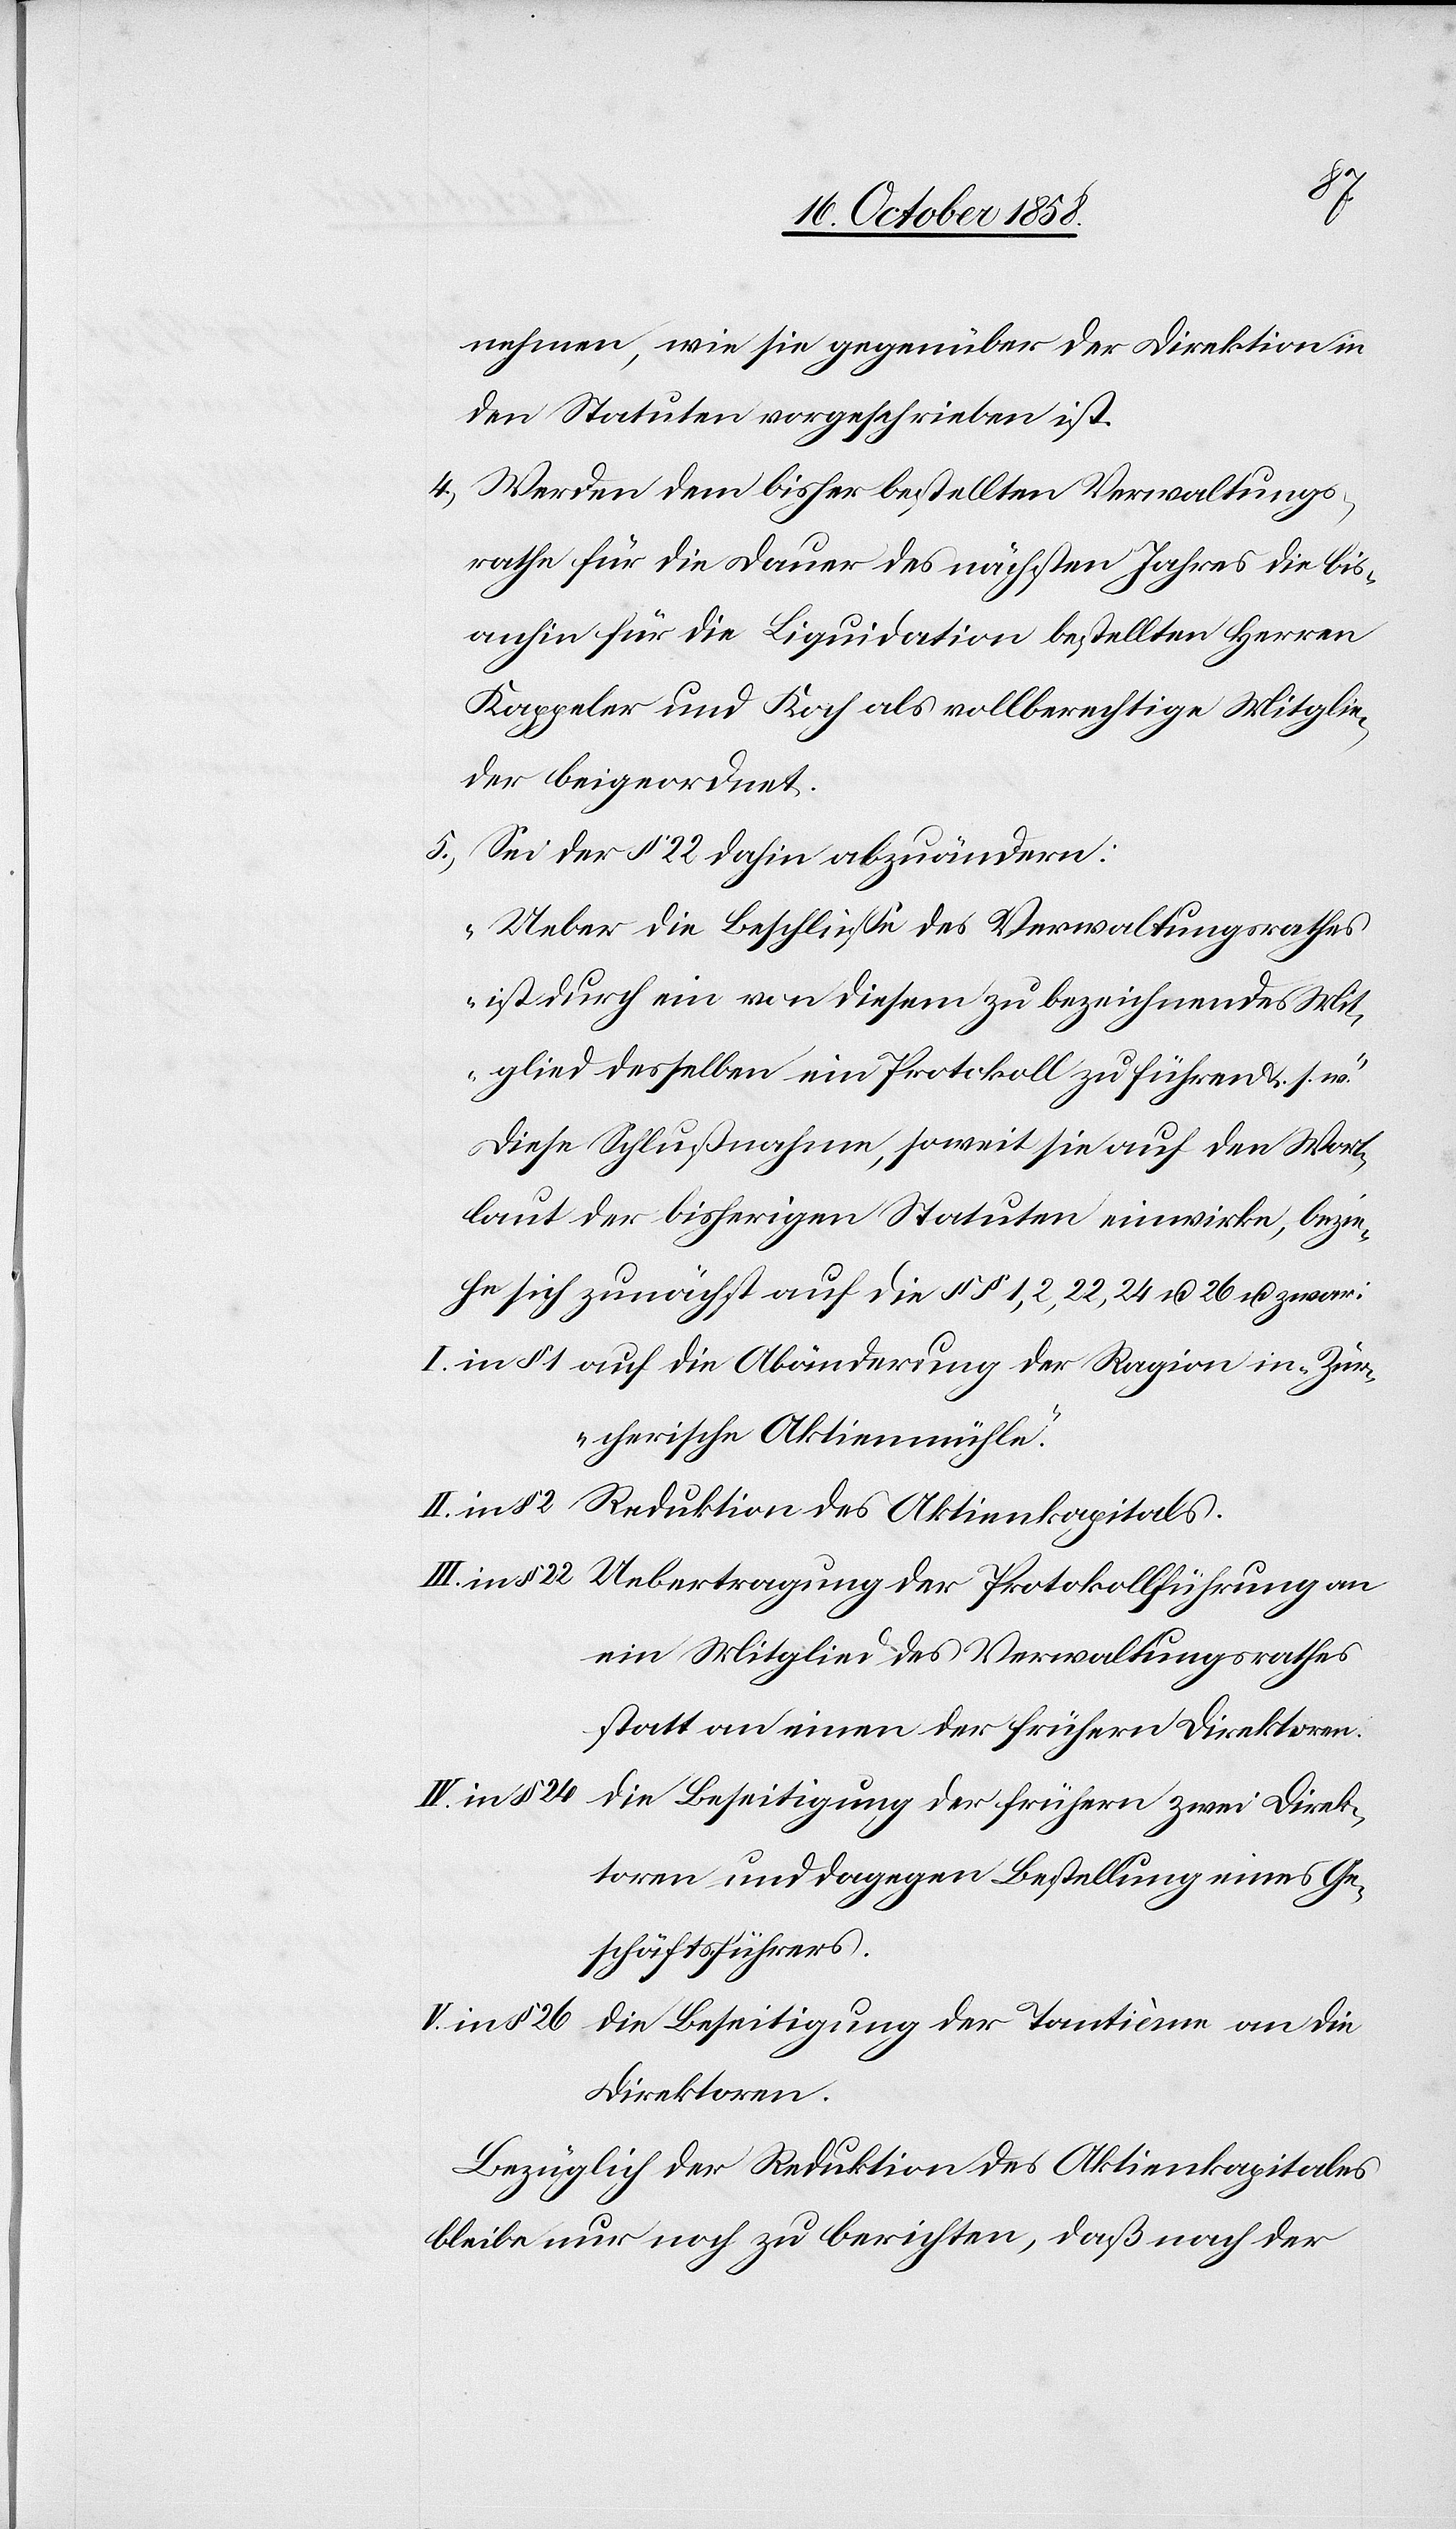
4.)
nehmen, wie sie gegenüber der Direktion in
den Statuten vorgeschrieben ist.
Werden dem bisher bestellten Verwaltungs¬
rathe für die Dauer des nächsten Jahres die bis¬
anhin für die Liquidation bestellten Herren
Kappeler und Koch als vollberechtig[t]e Mitglie¬
der beigeordnet.
Sei der § 22 dahin abzuändern:
„Ueber die Beschlüsse des Verwaltungsrathes
ist durch ein von diesem zu bezeichnendes Mit¬
glied desselben ein Protokoll zu führen &. s. w.“
Diese Schlußnahme, soweit sie auf den Wort¬
laut der bisherigen Statuten einwirke, bezie¬
he sich zunächst auf die §§ 1, 2, 22, 24 u. 26 u. zwar:
auf die Abänderung der Ragion in „Zür¬
cherische Aktienmühle“.
Reduktion des Aktienkapitals.
Uebertragung der Protokollführung an
ein Mitglied des Verwaltungsrathes
statt an einen der frühern Direktoren.
V. in § 26
Die Beseitigung der frühern zwei Direk¬
toren und dagegen Bestellung eines Ge¬
schäftsführers.
Die Beseitigung der Tantième an die
Direktoren.
Bezüglich der Reduktion des Aktienkapitales
bleibe nur noch zu berichten, daß nach der